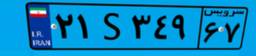
۲۸S۲۸۳۰۲